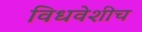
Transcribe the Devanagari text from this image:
विधवेशीच